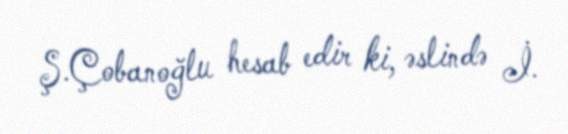
Ş.Çobanoğlu hesab edir ki, əslində İ.